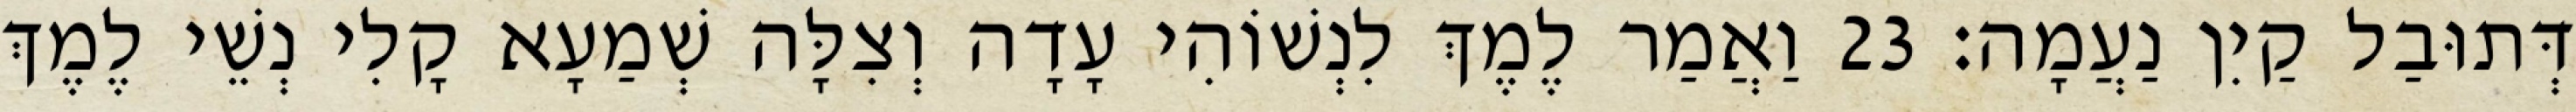
דְּתוּבַל קַיִן נַעֲמָה׃ 23 וַאֲמַר לֶמֶךְ לִנְשׁוֹהִי עָדָה וְצִלָּה שְׁמַעָא קָלִי נְשֵׁי לֶמֶךְ